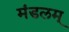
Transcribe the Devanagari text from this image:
मंडलम्‌